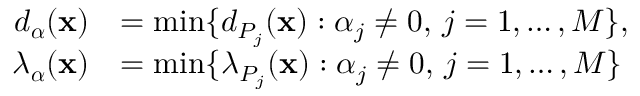
\begin{array} { r l } { d _ { \boldsymbol { \alpha } } ( \mathbf { x } ) } & { = \operatorname* { m i n } \{ d _ { P _ { j } } ( \mathbf { x } ) : \alpha _ { j } \ne 0 , \, j = 1 , \dots , M \} , } \\ { \lambda _ { \boldsymbol { \alpha } } ( \mathbf { x } ) } & { = \operatorname* { m i n } \{ \lambda _ { P _ { j } } ( \mathbf { x } ) : \alpha _ { j } \ne 0 , \, j = 1 , \dots , M \} } \end{array}